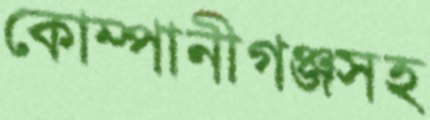
কোম্পানীগঞ্জসহ